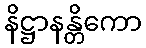
နိဋ္ဌာနန္တိကော